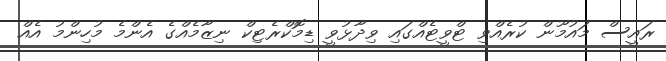
ރައީސް މައުމޫން ކުރެއްވި ޓްވީޓެއްގައި ވިދާޅުވީ ޑިމޮކްރެޓިކް ނިޒާމެއްގެ އެންމެ މުހިންމު އެއް